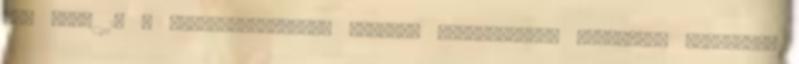
fog élni 15 A kliens-centrikus terápia Non-direktív Reflexió, tisztázás